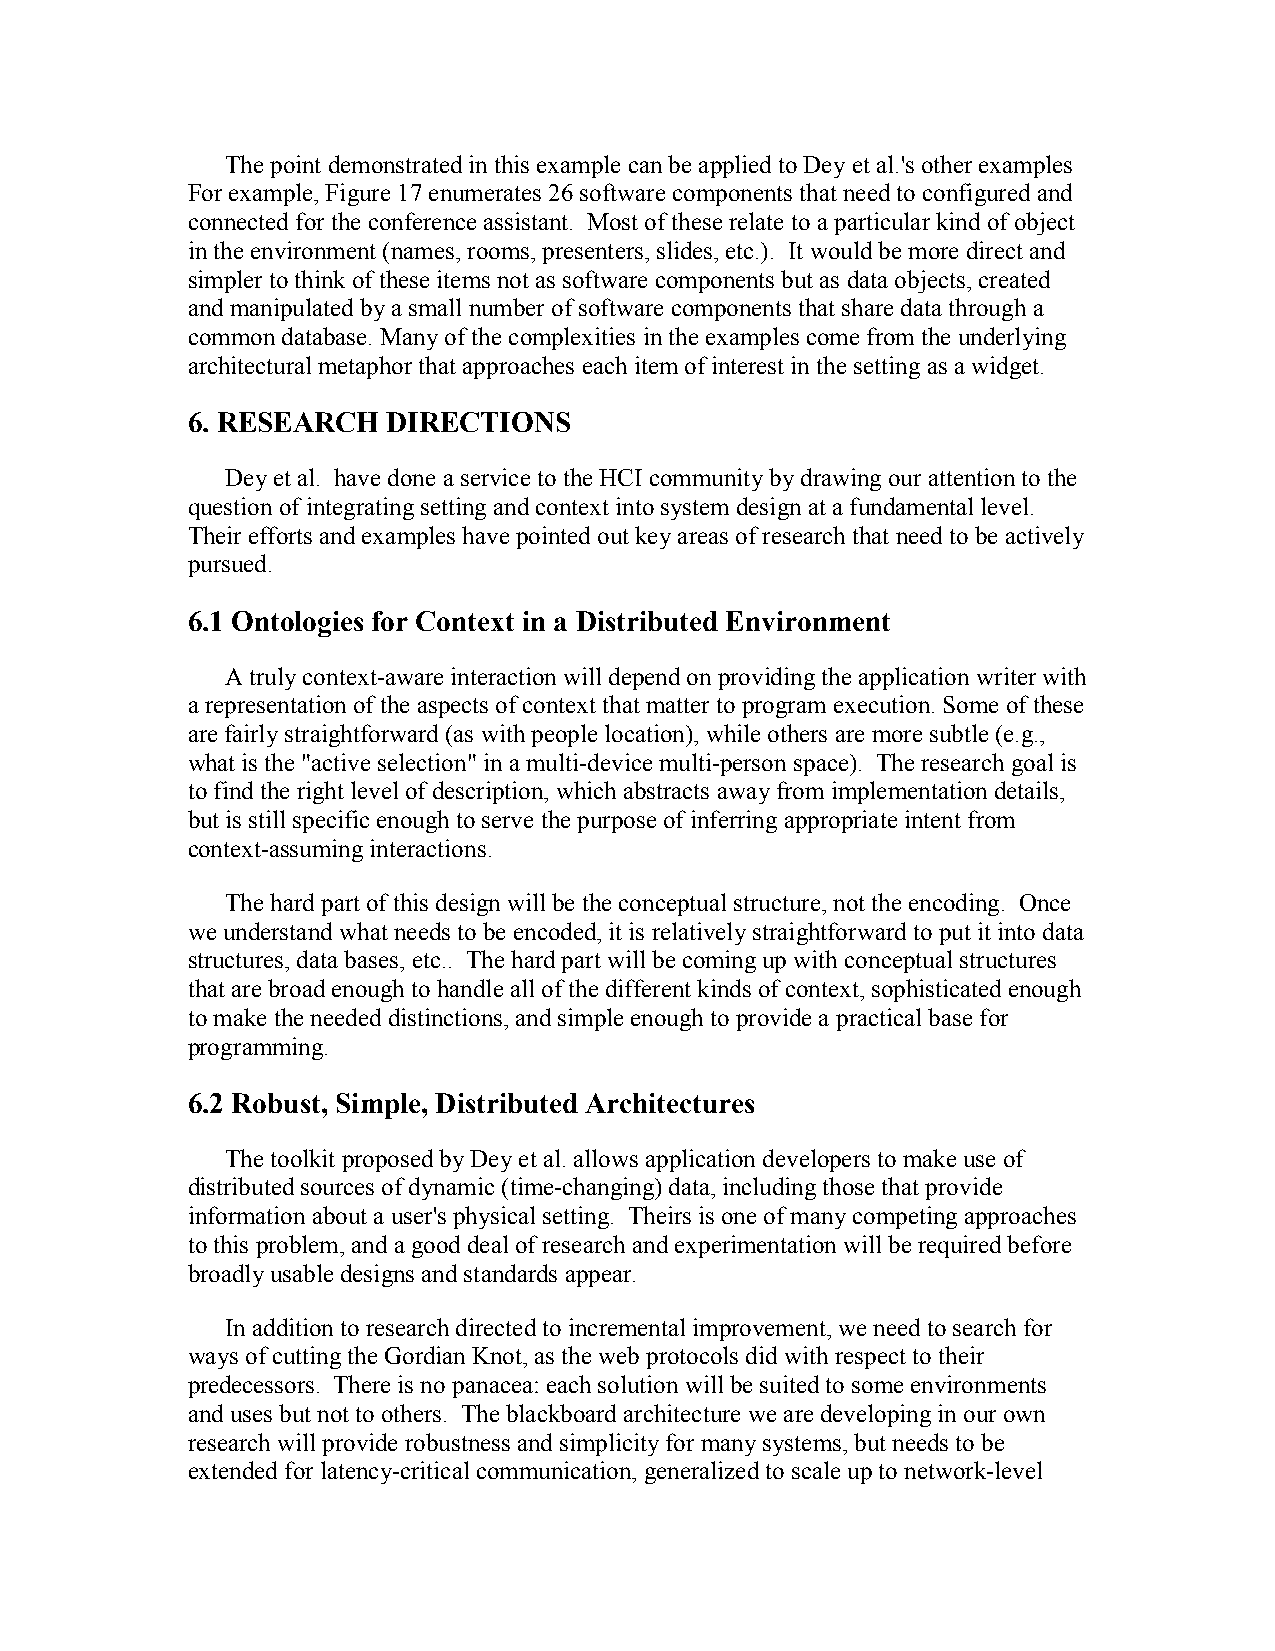
The point demonstrated in this example can be applied to Dey et al.'s other examples
 For example, Figure 17 enumerates 26 software components that need to configured and
 connected for the conference assistant. Most of these relate to a particular kind of object
 in the environment (names, rooms, presenters, slides, etc.). It would be more direct and
 simpler to think of these items not as software components but as data objects, created
 and manipulated by a small number of software components that share data through a
 common database. Many of the complexities in the examples come from the underlying
 architectural metaphor that approaches each item of interest in the setting as a widget.
 6. RESEARCH   DIRECTIONS
 Dey et al. have done a service to the HCI community by drawing our attention to the
 question of integrating setting and context into system design at a fundamental level.
 Their efforts and examples have pointed out key areas of research that need to be actively
 pursued.
 6.1 Ontologies for Context in a Distributed Environment
 A truly context-aware interaction will depend on providing the application writer with
 a representation of the aspects of context that matter to program execution. Some of these
 are fairly straightforward (as with people location), while others are more subtle (e.g.,
 what is the "active selection" in a multi-device multi-person space). The research goal is
 to find the right level of description, which abstracts away from implementation details,
 but is still specific enough to serve the purpose of inferring appropriate intent from
 context-assuming interactions.
 The hard part of this design will be the conceptual structure, not the encoding. Once
 we understand what needs to be encoded, it is relatively straightforward to put it into data
 structures, data bases, etc.. The hard part will be coming up with conceptual structures
 that are broad enough to handle all of the different kinds of context, sophisticated enough
 to make the needed distinctions, and simple enough to provide a practical base for
 programming.
 6.2 Robust, Simple, Distributed Architectures
 The toolkit proposed by Dey et al. allows application developers to make use of
 distributed sources of dynamic (time-changing) data, including those that provide
 information about a user's physical setting. Theirs is one of many competing approaches
 to this problem, and a good deal of research and experimentation will be required before
 broadly usable designs and standards appear.
 In addition to research directed to incremental improvement, we need to search for
 ways of cutting the Gordian Knot, as the web protocols did with respect to their
 predecessors. There is no panacea: each solution will be suited to some environments
 and uses but not to others. The blackboard architecture we are developing in our own
 research will provide robustness and simplicity for many systems, but needs to be
 extended for latency-critical communication, generalized to scale up to network-level